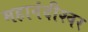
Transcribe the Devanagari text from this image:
महानंदीश्‍वर